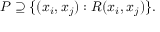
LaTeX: P \supseteq \{ ( x _ { i } , x _ { j } ) : R ( x _ { i } , x _ { j } ) \} .